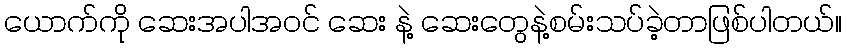
ယောက်ကို ဆေးအပါအဝင် ဆေး နဲ့ ဆေးတွေနဲ့စမ်းသပ်ခဲ့တာဖြစ်ပါတယ်။